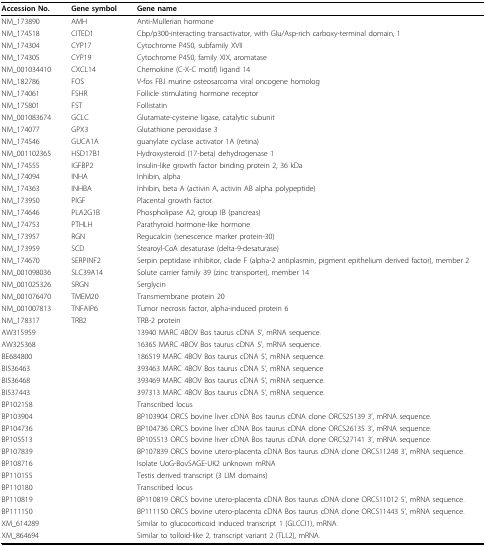
<table><thead><tr><td><b>Accession No.</b></td><td><b>Gene symbol</b></td><td><b>Gene name</b></td></tr></thead><tbody><tr><td>NM_173890</td><td>AMH</td><td>Anti-Mullerian hormone</td></tr><tr><td>NM_174518</td><td>CITED1</td><td>Cbp/p300-interacting transactivator, with Glu/Asp-rich carboxy-terminal domain, 1</td></tr><tr><td>NM_174304</td><td>CYP17</td><td>Cytochrome P450, subfamily XVII</td></tr><tr><td>NM_174305</td><td>CYP19</td><td>Cytochrome P450, family XIX, aromatase</td></tr><tr><td>NM_001034410</td><td>CXCL14</td><td>Chemokine (C-X-C motif) ligand 14</td></tr><tr><td>NM_182786</td><td>FOS</td><td>V-fos FBJ murine osteosarcoma viral oncogene homolog</td></tr><tr><td>NM_174061</td><td>FSHR</td><td>Follicle stimulating hormone receptor</td></tr><tr><td>NM_175801</td><td>FST</td><td>Follistatin</td></tr><tr><td>NM_001083674</td><td>GCLC</td><td>Glutamate-cysteine ligase, catalytic subunit</td></tr><tr><td>NM_174077</td><td>GPX3</td><td>Glutathione peroxidase 3</td></tr><tr><td>NM_174546</td><td>GUCA1A</td><td>guanylate cyclase activator 1A (retina)</td></tr><tr><td>NM_001102365</td><td>HSD17B1</td><td>Hydroxysteroid (17-beta) dehydrogenase 1</td></tr><tr><td>NM_174555</td><td>IGFBP2</td><td>Insulin-like growth factor binding protein 2, 36 kDa</td></tr><tr><td>NM_174094</td><td>INHA</td><td>Inhibin, alpha</td></tr><tr><td>NM_174363</td><td>INHBA</td><td>Inhibin, beta A (activin A, activin AB alpha polypeptide)</td></tr><tr><td>NM_173950</td><td>PlGF</td><td>Placental growth factor</td></tr><tr><td>NM_174646</td><td>PLA2G1B</td><td>Phospholipase A2, group IB (pancreas)</td></tr><tr><td>NM_174753</td><td>PTHLH</td><td>Parathyroid hormone-like hormone</td></tr><tr><td>NM_173957</td><td>RGN</td><td>Regucalcin (senescence marker protein-30)</td></tr><tr><td>NM_173959</td><td>SCD</td><td>Stearoyl-CoA desaturase (delta-9-desaturase)</td></tr><tr><td>NM_174670</td><td>SERPINF2</td><td>Serpin peptidase inhibitor, clade F (alpha-2 antiplasmin, pigment epithelium derived factor), member 2</td></tr><tr><td>NM_001098036</td><td>SLC39A14</td><td>Solute carrier family 39 (zinc transporter), member 14</td></tr><tr><td>NM_001025326</td><td>SRGN</td><td>Serglycin</td></tr><tr><td>NM_001076470</td><td>TMEM20</td><td>Transmembrane protein 20</td></tr><tr><td>NM_001007813</td><td>TNFAIP6</td><td>Tumor necrosis factor, alpha-induced protein 6</td></tr><tr><td>NM_178317</td><td>TRB2</td><td>TRB-2 protein</td></tr><tr><td>AW315959</td><td></td><td>13940 MARC 4BOV Bos taurus cDNA 5&#x27;, mRNA sequence.</td></tr><tr><td>AW325368</td><td></td><td>16365 MARC 4BOV Bos taurus cDNA 5&#x27;, mRNA sequence.</td></tr><tr><td>BE684800</td><td></td><td>186519 MARC 4BOV Bos taurus cDNA 5&#x27;, mRNA sequence.</td></tr><tr><td>BI536463</td><td></td><td>393463 MARC 4BOV Bos taurus cDNA 5&#x27;, mRNA sequence</td></tr><tr><td>BI536468</td><td></td><td>393469 MARC 4BOV Bos taurus cDNA 5&#x27;, mRNA sequence.</td></tr><tr><td>BI537443</td><td></td><td>397313 MARC 4BOV Bos taurus cDNA 5&#x27;, mRNA sequence.</td></tr><tr><td>BP102158</td><td></td><td>Transcribed locus</td></tr><tr><td>BP103904</td><td></td><td>BP103904 ORCS bovine liver cDNA Bos taurus cDNA clone ORCS25139 3&#x27;, mRNA sequence.</td></tr><tr><td>BP104736</td><td></td><td>BP104736 ORCS bovine liver cDNA Bos taurus cDNA clone ORCS26135 3&#x27;, mRNA sequence.</td></tr><tr><td>BP105513</td><td></td><td>BP105513 ORCS bovine liver cDNA Bos taurus cDNA clone ORCS27141 3&#x27;, mRNA sequence.</td></tr><tr><td>BP107839</td><td></td><td>BP107839 ORCS bovine utero-placenta cDNA Bos taurus cDNA clone ORCS11248 3&#x27;, mRNA sequence.</td></tr><tr><td>BP108716</td><td></td><td>Isolate UoG-BovSAGE-UK2 unknown mRNA</td></tr><tr><td>BP110155</td><td></td><td>Testis derived transcript (3 LIM domains)</td></tr><tr><td>BP110180</td><td></td><td>Transcribed locus</td></tr><tr><td>BP110819</td><td></td><td>BP110819 ORCS bovine utero-placenta cDNA Bos taurus cDNA clone ORCS11012 5&#x27;, mRNA sequence.</td></tr><tr><td>BP111150</td><td></td><td>BP111150 ORCS bovine utero-placenta cDNA Bos taurus cDNA clone ORCS11443 5&#x27;, mRNA sequence.</td></tr><tr><td>XM_614289</td><td></td><td>Similar to glucocorticoid induced transcript 1 (GLCCI1), mRNA.</td></tr><tr><td>XM_864694</td><td></td><td>Similar to tolloid-like 2, transcript variant 2 (TLL2), mRNA.</td></tr></tbody></table>